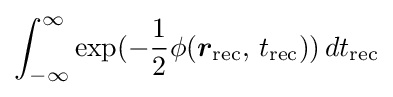
\displaystyle \int _{-\infty }^{\infty }\exp(-{\frac {1}{2}}\phi ({\boldsymbol {r}}_{\text{rec}},\,t_{\text{rec}}))\,dt_{\text{rec}}